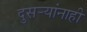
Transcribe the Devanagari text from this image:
दुसर्‍यांनाही